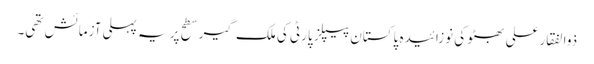
ذوالفقارعلی بھٹو کی نوزائیدہ پاکستان پیپلز پارٹی کی ملک گیر سطح پر یہ پہلی آزمائش تھی۔